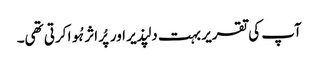
آپ کی تقریر بہت دلپذیر اور پُر اثر ہُوا کرتی تھی۔